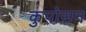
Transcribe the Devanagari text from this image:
कुपोसन